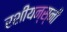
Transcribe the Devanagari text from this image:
रशीयन्स्नी